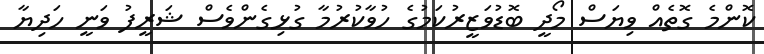
ކޮންމެ ގޮތެއް ވިޔަސް މޯދީ ބޮޑުވަޒީރުކަމުގެ ހުވާކުރުމާ ގުޅިގެންވެސް ޝަރީފު ވަނީ ހަދިޔާ